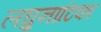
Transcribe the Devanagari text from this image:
लघुनाटिका